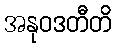
အနုဝဒတီတိ